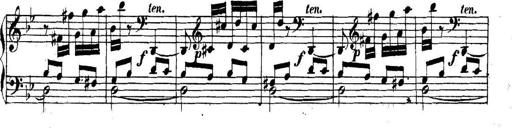
Title: Collected Piano Sonatas
Composer: Muzio Clementi